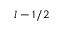
l - 1 / 2